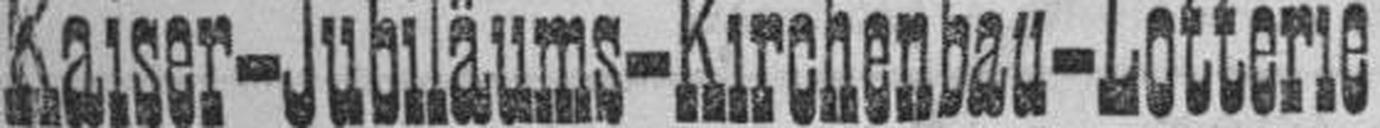
Kaiser-Jubiläums-Kirchenbau-Lotterie